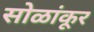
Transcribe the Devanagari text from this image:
सोळांकूर